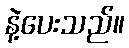
နဲ့ပေးသည်။